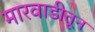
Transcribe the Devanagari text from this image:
मारवाडीतून